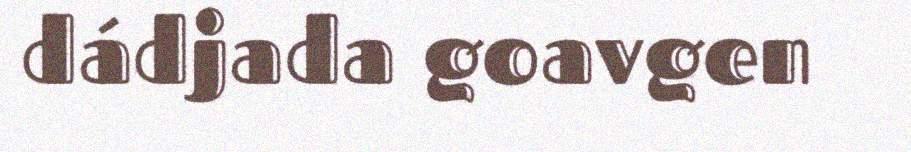
dádjada goavgen